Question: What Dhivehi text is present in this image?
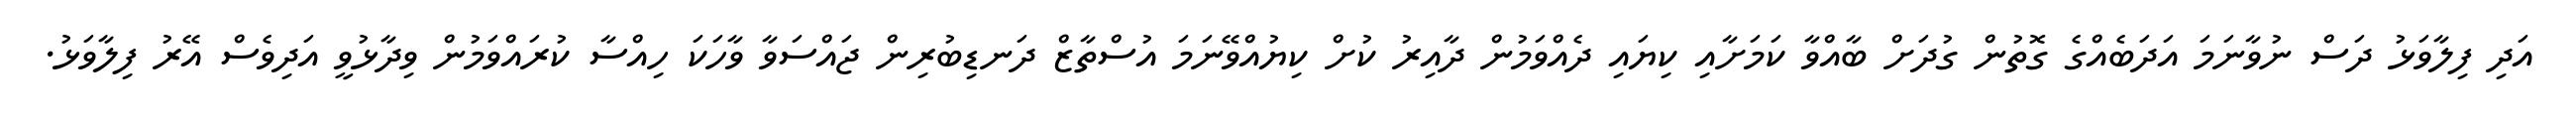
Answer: އަދި ފިލާވަޅު ދަސް ނުވާނަމަ އަދަބެއްގެ ގޮތުން ގުދަށް ބާއްވާ ކަމަށާއި ކިޔައި ދެއްވަމުން ދާއިރު ކުށް ކިޔުއްވޭނަމަ އުސްތާޒް ދަނޑިބުރިން ޖައްސަވާ ވާހަކަ ހިއްސާ ކުރައްވަމުން ވިދާޅުވީ އަދިވެސް އޭރު ފިލާވަޅު.